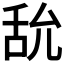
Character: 𦧊